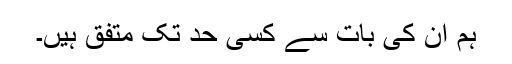
ہم ان کی بات سے کسی حد تک متفق ہیں۔